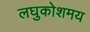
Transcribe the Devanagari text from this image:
लघुकोशमय